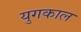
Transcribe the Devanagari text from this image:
युगकाल